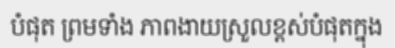
បំផុត ព្រមទាំង ភាពងាយស្រួលខ្ពស់បំផុតក្នុង